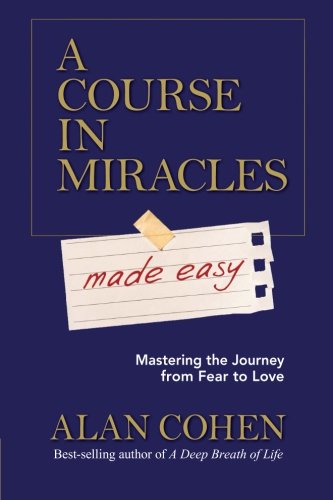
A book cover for A Course in Miracles Made Easy: Mastering the Journey from Fear to Love; Alan Cohen; Religion & Spirituality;